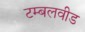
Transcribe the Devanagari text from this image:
टम्बलवीड